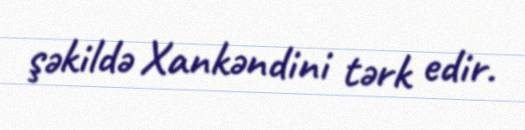
şəkildə Xankəndini tərk edir.